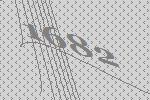
1682